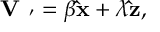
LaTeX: { \bf V _ { \alpha \beta ^ { \prime } } } = \beta { \bf \hat { x } } + \lambda { \bf \hat { z } } ,